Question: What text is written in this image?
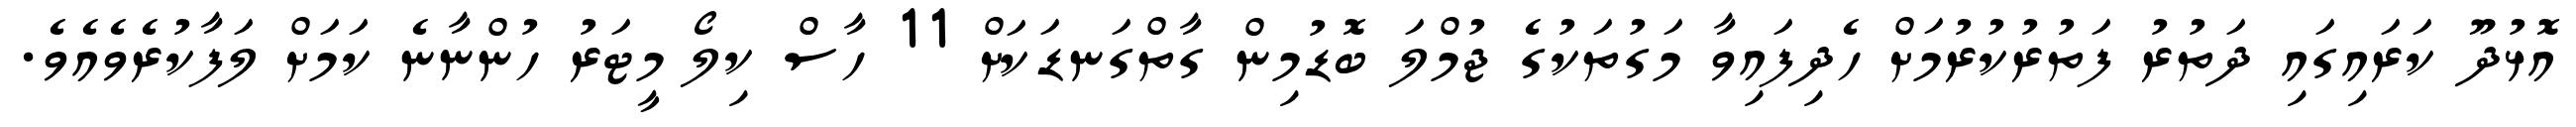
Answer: އޮޅުދޫ ކަރައިގައި ދަތުރު ފަތުރުކުރުމަށް ހެދިފައިވާ މަގުތަކުގެ ޖުމްލަ ބޮޑުމިން ގާތްގަނޑަކަށް 11 ހާސް ކިލޯ މީޓަރު ހުންނާނެ ކަމަށް ލަފާކުރެވެއެވެ.